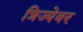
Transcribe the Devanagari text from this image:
त्रिज्येवर